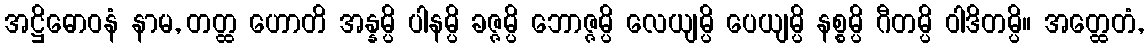
အဋ္ဌိဓောဝနံ နာမ, တတ္ထ ဟောတိ အန္နမ္ပိ ပါနမ္ပိ ခဇ္ဇမ္ပိ ဘောဇ္ဇမ္ပိ လေယျမ္ပိ ပေယျမ္ပိ နစ္စမ္ပိ ဂီတမ္ပိ ဝါဒိတမ္ပိ။ အတ္ထေတံ,